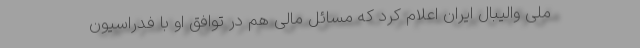
ملی والیبال ایران اعلام کرد که مسائل مالی هم در توافق او با فدراسیون